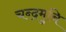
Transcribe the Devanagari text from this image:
चन्द्रमुनि